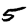
Digit: 5